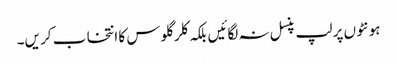
ہو نٹو ں پر لپ پنسل نہ لگائیں بلکہ کلر گلو س کا انتخا ب کر یں۔